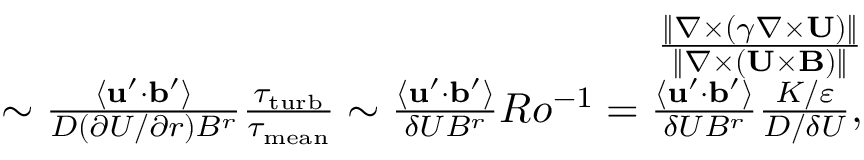
\begin{array} { r l r } & { } & { \frac { \| { \nabla \times ( \gamma \nabla \times { \bf { U } } ) } \| } { \| { \nabla \times ( { \bf { U } } \times { \bf { B } } ) } \| } } \\ & { } & { \sim \frac { \langle { { \bf { u } } ^ { \prime } \cdot { \bf { b } } ^ { \prime } } \rangle } { D ( \partial U / \partial r ) B ^ { r } } \frac { \tau _ { \mathrm { { t u r b } } } } { \tau _ { \mathrm { m e a n } } } \sim \frac { \langle { { \bf { u } } ^ { \prime } \cdot { \bf { b } } ^ { \prime } } \rangle } { \delta U B ^ { r } } R o ^ { - 1 } = \frac { \langle { { \bf { u } } ^ { \prime } \cdot { \bf { b } } ^ { \prime } } \rangle } { \delta U B ^ { r } } \frac { K / \varepsilon } { D / \delta U } , } \end{array}